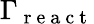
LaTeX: \Gamma_{\mathrm{~r~e~a~c~t~}}